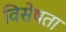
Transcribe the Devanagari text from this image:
विसेषता